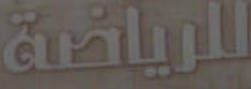
للرياضة